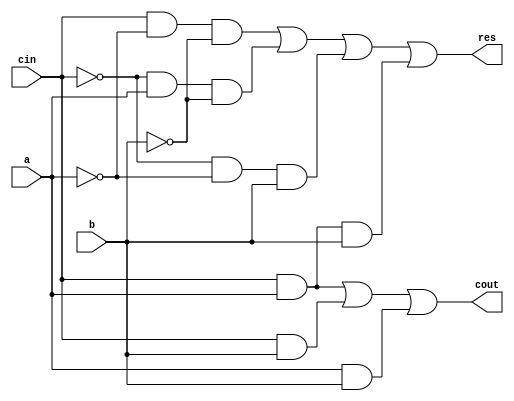
module one_bit_full_adder (
    output res, cout,
    input a, b, cin
);


    /*  *
        * res := RESult
        * cout := Carry OUT
        * a := first input
        * b := second input
        * cin := Carry IN
        */

    wire na, nb, ncin; // * Complementary variables (nots) for a, b, cin
    assign na = ~a;
    assign nb = ~b;
    assign ncin = ~cin;

    // * Boolean Expressions for res and cout
    assign res = ((cin & na & nb) | (ncin & a & nb) | (ncin & na & b) | (cin & a & b));
    assign cout = ((cin & a) | (cin & b) | (a & b));

endmodule